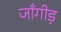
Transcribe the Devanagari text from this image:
जाँगीड़